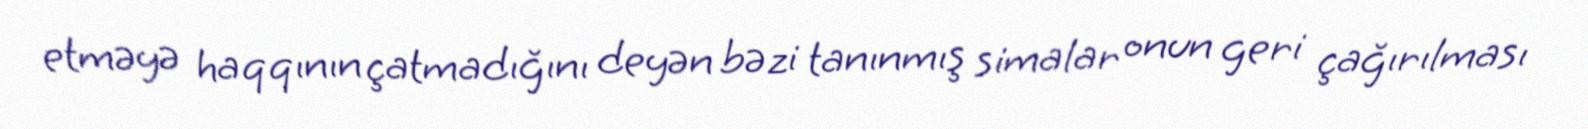
etməyə haqqının çatmadığını deyən bəzi tanınmış simalar onun geri çağırılması